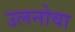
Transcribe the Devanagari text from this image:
उलनोवा